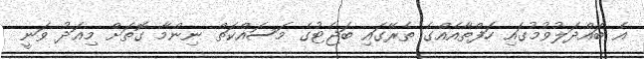
އެ ބައްދަލުވުމުގައި ހަފްތާއެއްގެ ތެރޭގައި ބަޖެޓުގެ މަސައްކަތް ނިންމާ ގޮތަށް މިއަދު ވަނީ